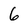
Character: 6